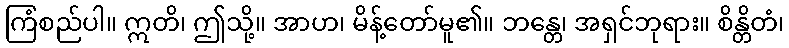
ကြံစည်ပါ။ ဣတိ၊ ဤသို့။ အာဟ၊ မိန့်တော်မူ၏။ ဘန္တေ၊ အရှင်ဘုရား။ စိန္တိတံ၊